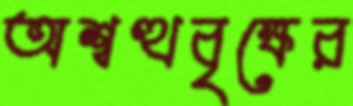
অশ্বত্থবৃক্ষের